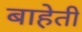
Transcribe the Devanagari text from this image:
बाहेती